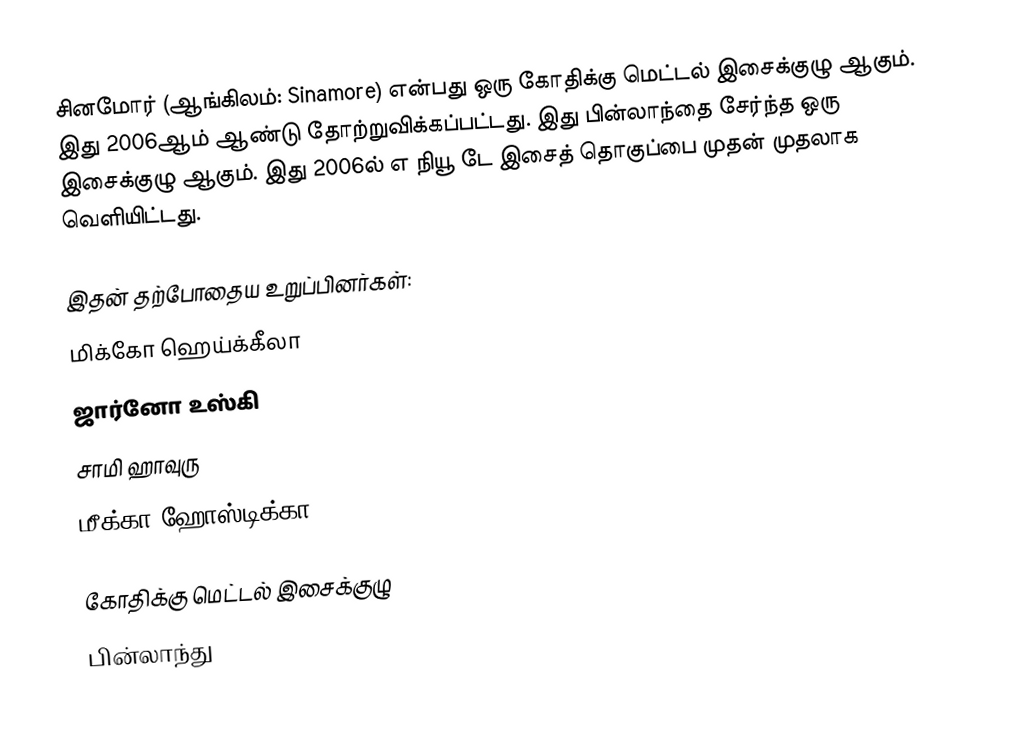
சினமோர் (ஆங்கிலம்: Sinamore) என்பது ஒரு கோதிக்கு மெட்டல் இசைக்குழு ஆகும். இது 2006ஆம் ஆண்டு தோற்றுவிக்கப்பட்டது. இது பின்லாந்தை சேர்ந்த ஒரு இசைக்குழு ஆகும். இது 2006ல் எ நியூ டே இசைத் தொகுப்பை முதன் முதலாக வெளியிட்டது.

இதன் தற்போதைய உறுப்பினர்கள்:
  மிக்கோ ஹெய்க்கீலா
  ஜார்னோ உஸ்கி
  சாமி ஹாவுரு
  மீக்கா ஹோஸ்டிக்கா

கோதிக்கு மெட்டல் இசைக்குழு
பின்லாந்து